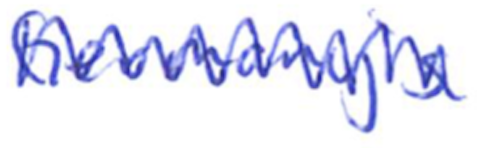
Text: Germany's
Cross-out: zig-zag
Writing tool: ballpoint